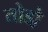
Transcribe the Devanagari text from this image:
तोडो़